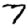
Digit: 7